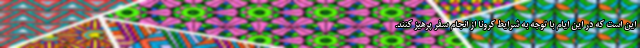
این است که در این ایام با توجه به شرایط کرونا از انجام سفر پرهیز کنند.